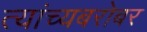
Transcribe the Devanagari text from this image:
त्यांच्यबरोबर